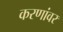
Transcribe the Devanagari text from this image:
करणांवर